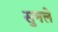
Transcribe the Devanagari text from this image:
सुनले